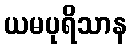
ယမပုရိသာန